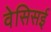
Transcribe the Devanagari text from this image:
वेसिसई